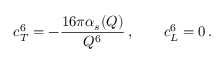
c _ { T } ^ { 6 } = - \frac { 1 6 \pi \alpha _ { s } ( Q ) } { Q ^ { 6 } } \, , \qquad c _ { L } ^ { 6 } = 0 \, .